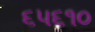
૬૫૬૧૦